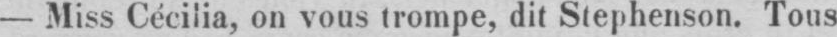
- Miss Cécilia, on vous trompe, dit Stephenson. Tous